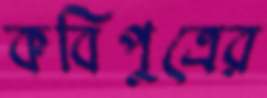
কবিপুত্রের